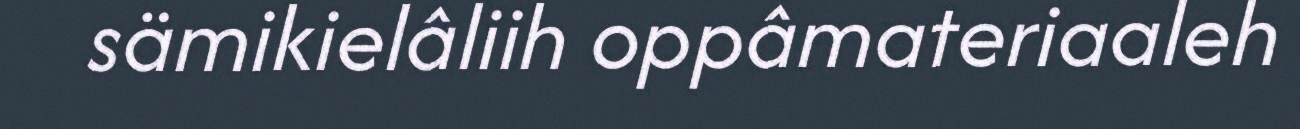
sämikielâliih oppâmateriaaleh